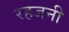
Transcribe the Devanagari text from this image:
रहजनी